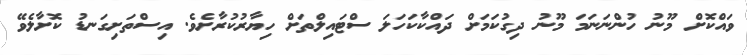
ވައްކޮށް މޫނު ހުންނަނަމަ މޫނު ދިގުކަަމަށް ދައްކާކަހަލަ ސްޓައިލްތަށް ހިޔާރުކުރާށެވެ. އިސްތަށިގަނޑު ކޮށާލެވޭ